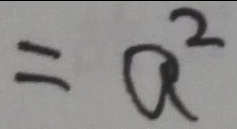
= a ^ { 2 }